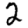
Digit: 2